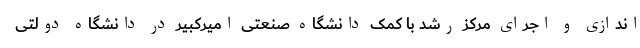
اندازی و اجرای مرکز رشد با کمک دانشگاه صنعتی امیرکبیر در دانشگاه دولتی